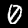
Label: 0